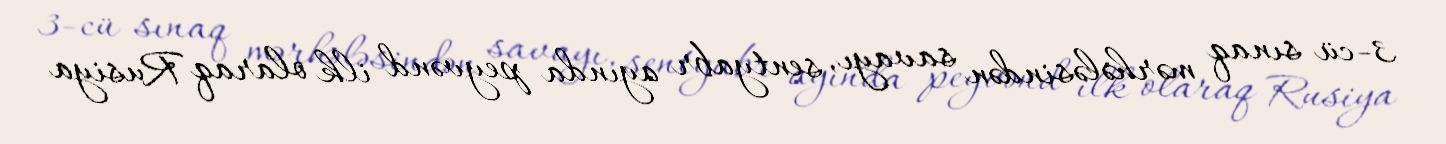
3-cü sınaq mərhələsindən savayı, sentyabr ayında peyvənd ilk olaraq Rusiya